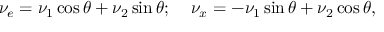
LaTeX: \nu _ { e } = \nu _ { 1 } \cos \theta + \nu _ { 2 } \sin \theta ; \; \; \; \; \nu _ { x } = - \nu _ { 1 } \sin \theta + \nu _ { 2 } \cos \theta ,